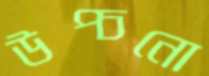
উপ্‌চনো